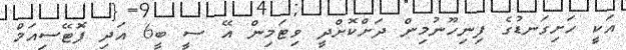
އަކީ ހަށިގަނޑުގެ ފިނިހޫނުމިން ދަށްކޮށްދީ ވިޓަމިން އޭ ސީ ބީ6 އަދި ޕޮޓޭސިއަމް